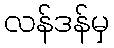
လန်ဒန်မှ